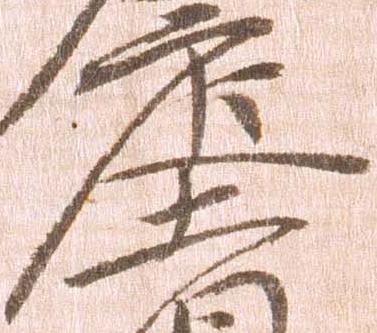
庄